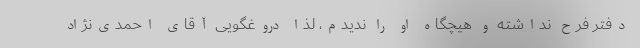
دفتر فرح نداشته‌ و هیچگاه او را ندیدم، لذا دروغگویی آقای احمدی‌نژاد